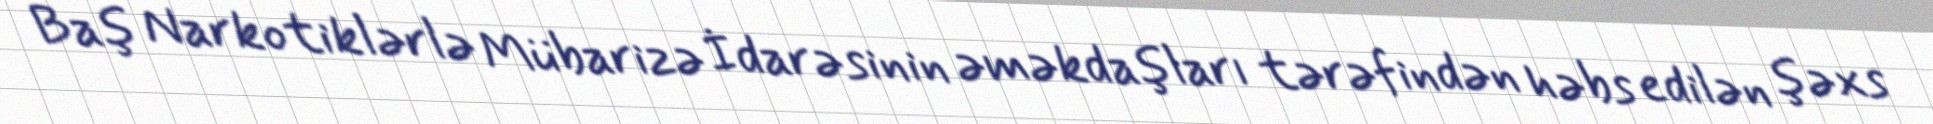
Baş Narkotiklərlə Mübarizə İdarəsinin əməkdaşları tərəfindən həbs edilən şəxs